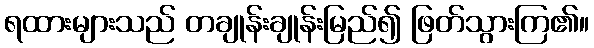
ရထားများသည် တချုန်းချုန်းမြည်၍ ဖြတ်သွားကြ၏။